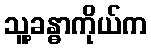
သူ့ခန္ဓာကိုယ်က